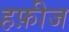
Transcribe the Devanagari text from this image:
हफ़ीज